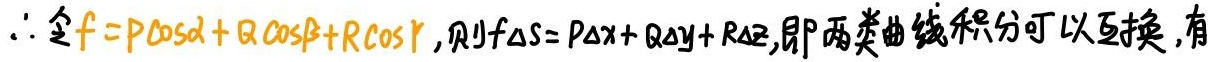
$\therefore  令 f = P\cos\alpha+Q\cos\beta + R\cos\gamma, 则 f\Delta S = P\Delta x+Q\Delta y + R\Delta z, 即两类曲线积分可以互换, 有$